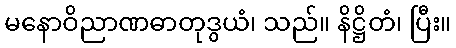
မနောဝိညာဏဓာတုဒွယံ၊ သည်။ နိဋ္ဌိတံ၊ ပြီး။